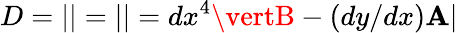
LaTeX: D=\left|\begin{array}{lllllll}\end{array}\right|=\left|\begin{array}{lllllll}\end{array}\right|=dx^{4}\vertB-(dy/dx)\mathbf{A}\vert